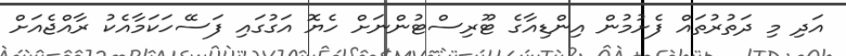
އަދި މި ދަތުރުތައް ފެށުމުން އިންޑިއާގެ ޓޫރިސްޓުންނަށް ހެޔޮ އަގުގައި ފަސޭހަކަމާއެކު ރާއްޖެއަށް